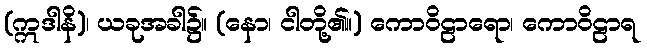
(ဣဒါနိ)၊ ယခုအခါ၌။ (နော၊ ငါတို့၏။) ကောဝိဠာရော၊ ကောဝိဠာရ